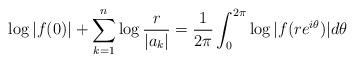
LaTeX: \begin{align*}\log|f(0)|+\sum^{n}_{k=1}\log{\frac{r}{|a_k|}}=\frac{1}{2\pi}\int^{2\pi}_0\log{|f(re^{i\theta})|d \theta}\end{align*}